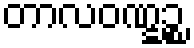
တာလဝဏ္ဋဉ္စ